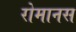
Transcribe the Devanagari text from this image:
रोमानस